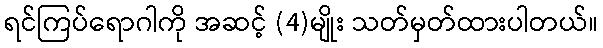
ရင်ကြပ်ရောဂါကို အဆင့် (4)မျိုး သတ်မှတ်ထားပါတယ်။